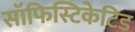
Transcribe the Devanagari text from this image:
सॉफिस्टिकेटिड